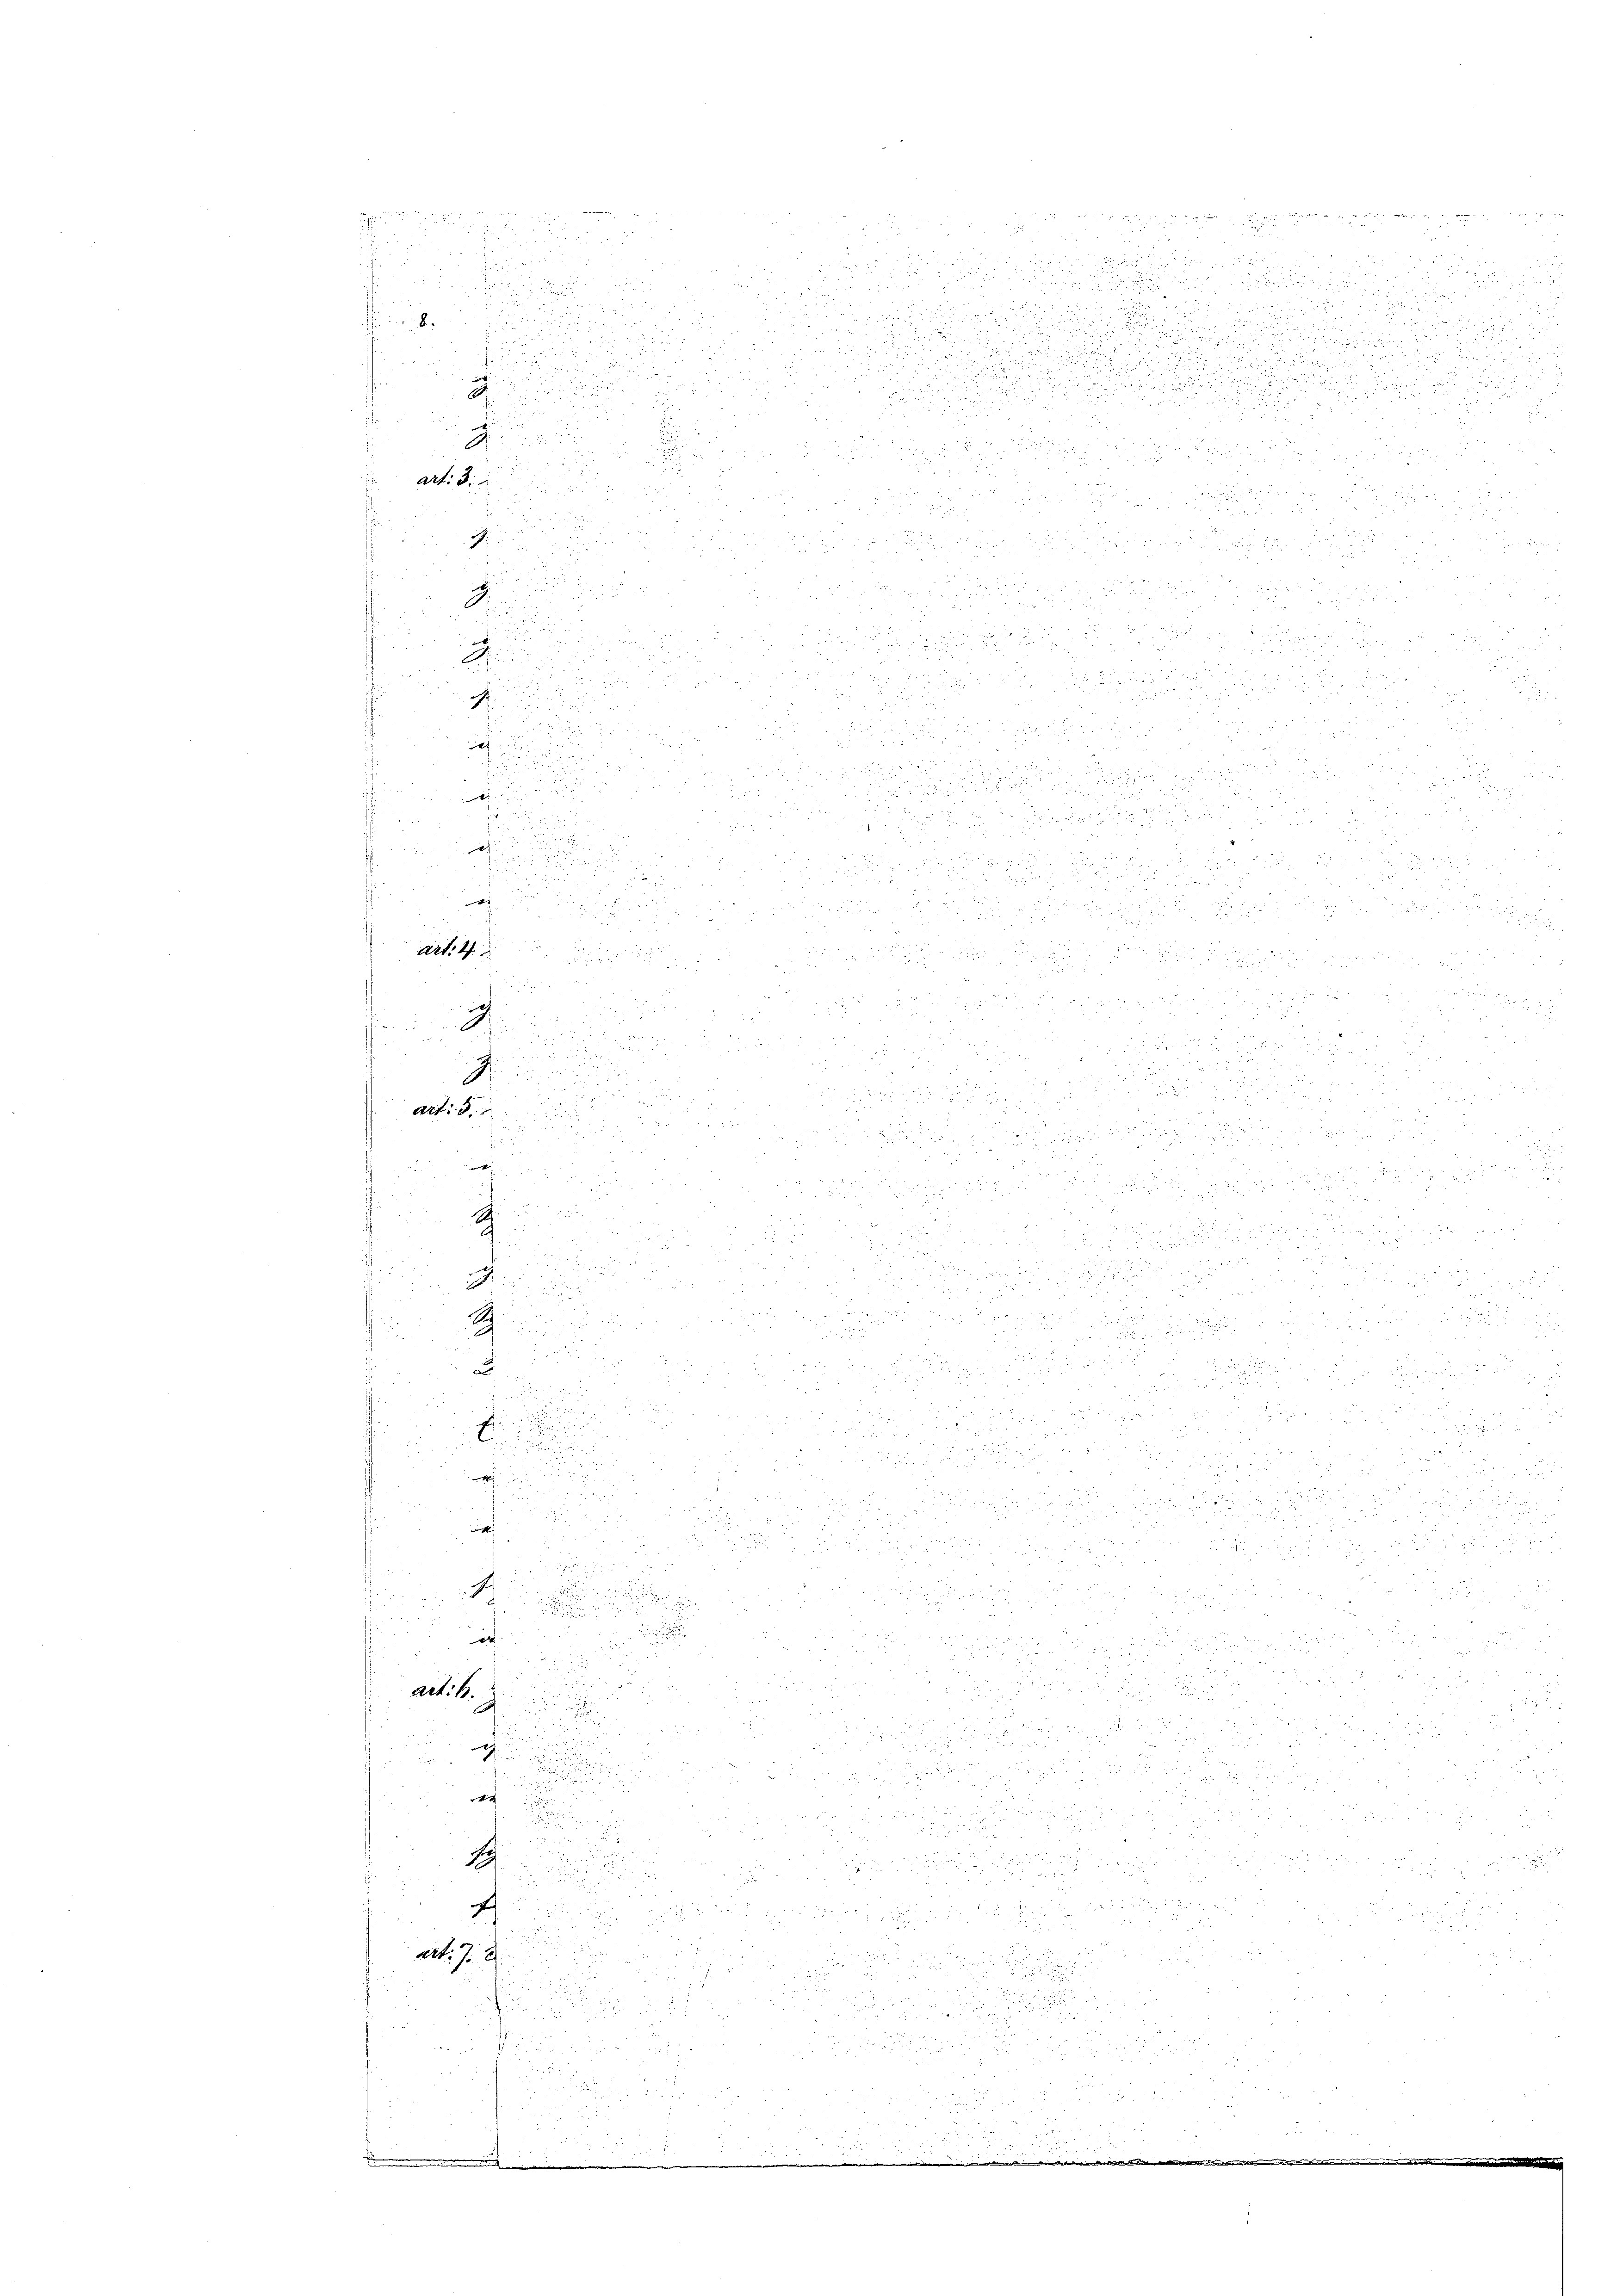
2
i
A
g

2., da
.
A

h
.
.
 xx

Art. 4
9
i
i
J
art. 2

A
.
u

a

u
u
d

a 1 f 0 x
i
Art: 2.
¬

u

g
u

1

d
1
ait. 72
u
d

8.

9
Art: 3.

4
E

u

Sch

d

u

2